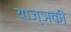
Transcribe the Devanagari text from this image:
याज्ञकी